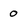
Character: 0